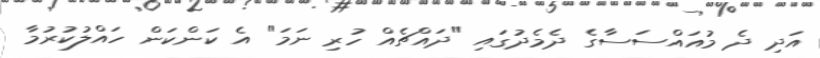
އަދި ދެ މުއައްސަސާގެ ދެމެދުގައި "ދައްޗެއް ހުރި ނަމަ" އެ ކަންކަން ހައްލުކުރުމާ